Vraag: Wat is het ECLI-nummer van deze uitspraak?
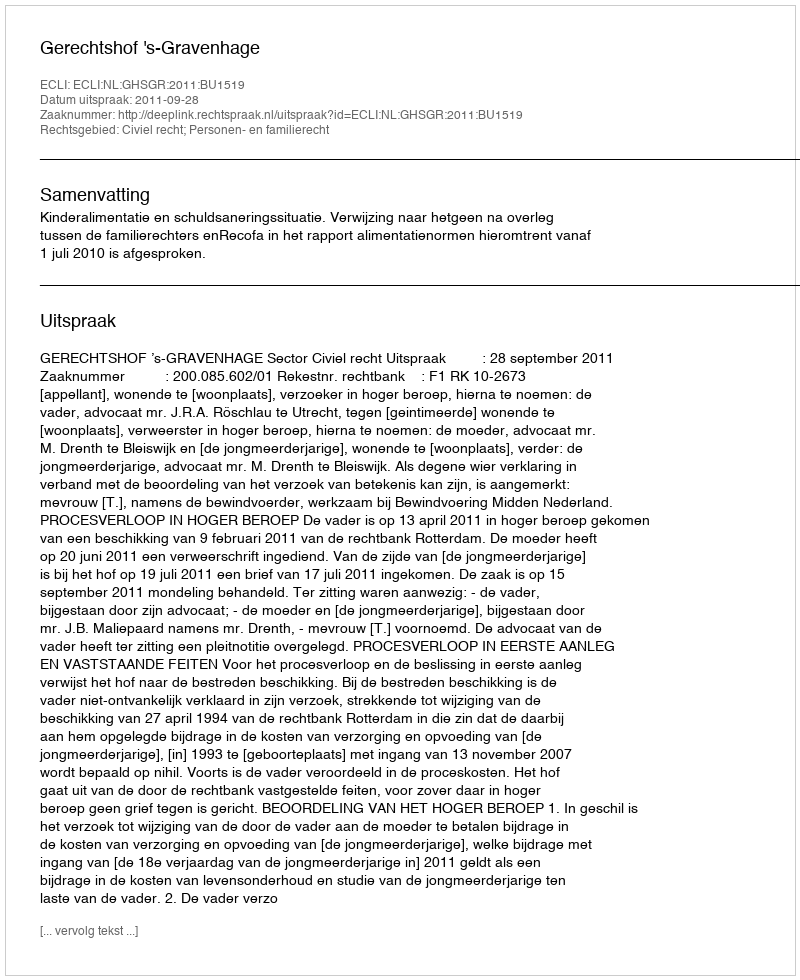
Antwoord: ECLI:NL:GHSGR:2011:BU1519